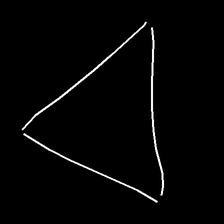
Glyph: convergence